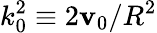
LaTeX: k_{0}^{2}\equiv2\mathbf{v}_{0}/R^{2}